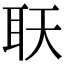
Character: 𦔿